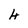
Character: 4